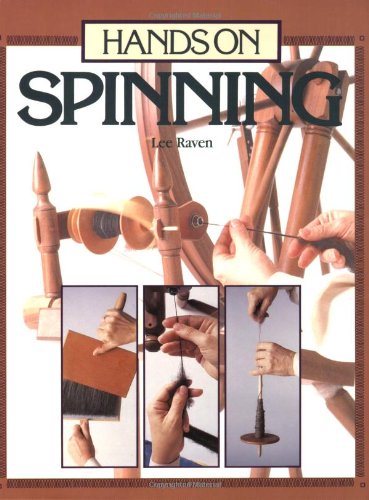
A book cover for Hands on Spinning; Lee Raven; Crafts, Hobbies & Home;